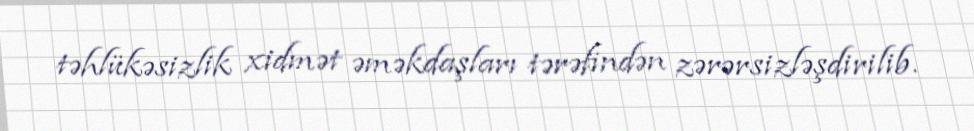
təhlükəsizlik xidmət əməkdaşları tərəfindən zərərsizləşdirilib.